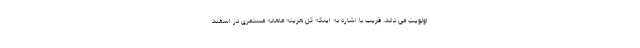
اولویت می داند. قریب با اشاره به اینکه کل هزینه ماهانه مستمری در اسفند